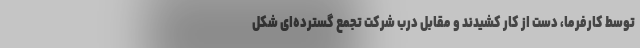
توسط کارفرما، دست از کار کشیدند و مقابل درب شرکت تجمع گسترده‌ای شکل